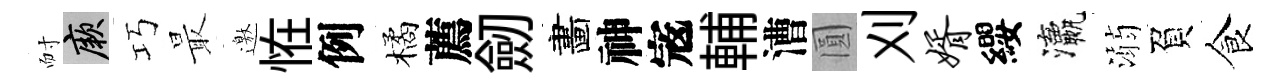
耐厥巧最邀恠例橘薦劒畵神𡨥輔漕圓刈婿纓瀛溺負食